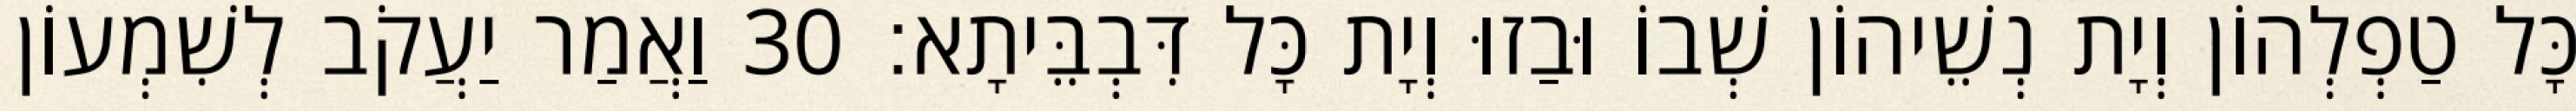
כָּל טַפְלְהוֹן וְיָת נְשֵׁיהוֹן שְׁבוֹ וּבַזוּ וְיָת כָּל דִּבְבֵּיתָא׃ 30 וַאֲמַר יַעֲקֹב לְשִׁמְעוֹן